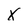
Character: X